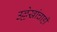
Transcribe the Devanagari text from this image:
उल्लेखांचाही